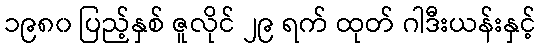
၁၉၈၀ ပြည့်နှစ် ဇူလိုင် ၂၉ ရက် ထုတ် ဂါဒီးယန်းနှင့်